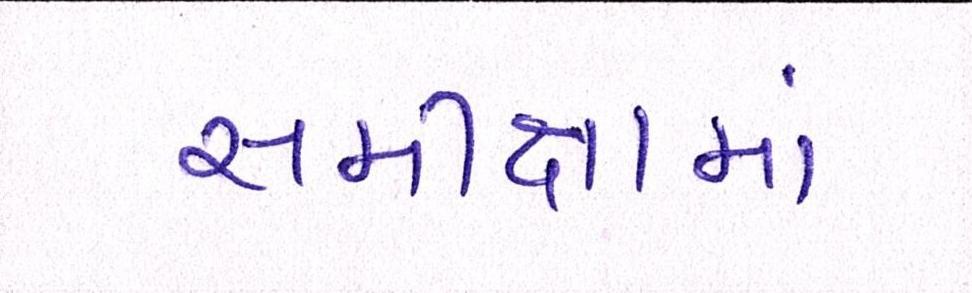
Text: સમીક્ષામાં